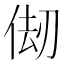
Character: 𠉨